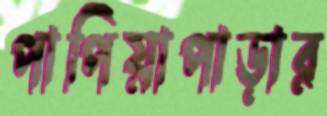
পাপিয়াপাড়ার